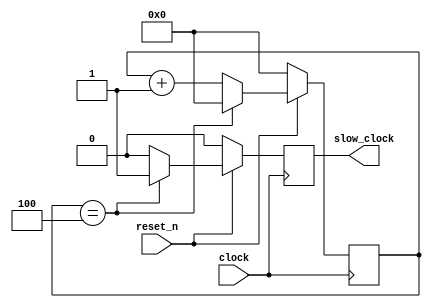
module slow_clock(reset_n, clock, slow_clock); 

	input clock;
	input reset_n;
	output reg slow_clock;
	reg [27:0] q;
	
	always @(posedge clock)
	begin 
		if (!reset_n)
		begin
			q <= 0;
			slow_clock <= 1'b0;
		end
		else
		begin
			//if (q == (20'b11110100001001000000 - 1))
			if (q == 3'd4)
				begin
				q <= 0;
				slow_clock <= 1'b1;
				end
			else
				begin
				q <= q + 1'b1;
				slow_clock <= 1'b0;
				end
		end
	end
endmodule